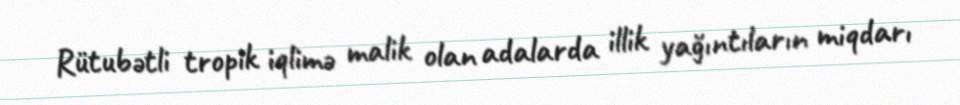
Rütubətli tropik iqlimə malik olan adalarda illik yağıntıların miqdarı